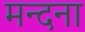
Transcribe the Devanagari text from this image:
मन्दना